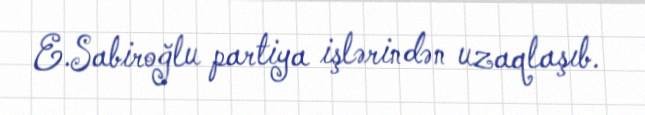
E.Sabiroğlu partiya işlərindən uzaqlaşıb.